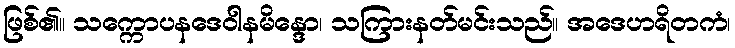
ဖြစ်၏။ သက္ကောပနဒေဝါနမိန္ဒော၊ သကြားနတ်မင်းသည်။ အဒေဟရိတကံ၊